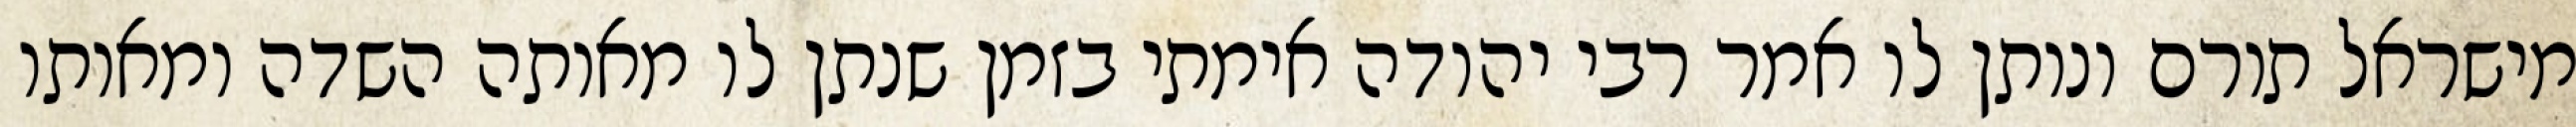
מישראל תורם ונותן לו אמר רבי יהודה אימתי בזמן שנתן לו מאותה השדה ומאותו